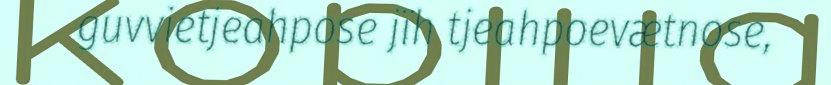
guvvietjeahpose jïh tjeahpoevætnose,